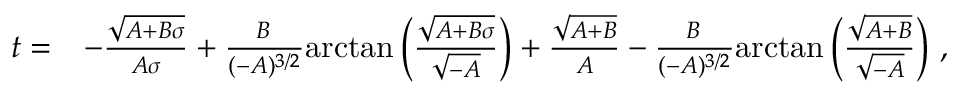
\begin{array} { r l } { t = } & { - \frac { \sqrt { A + B \sigma } } { A \sigma } + \frac { B \, } { ( - A ) ^ { 3 / 2 } } \mathrm { a r c t a n } \left( \frac { \sqrt { A + B \sigma } } { \sqrt { - A } } \right) + \frac { \sqrt { A + B } } { A } - \frac { B \, } { ( - A ) ^ { 3 / 2 } } \mathrm { a r c t a n } \left( \frac { \sqrt { A + B } } { \sqrt { - A } } \right) \, , } \end{array}